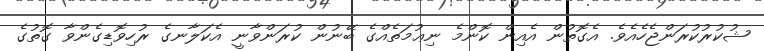
ޝުކުރުކުރަންޖެހެއެވެ. އެގޮތުން އެއިން ކޮންމެ ނިޢުމަތެއްގެ ބޭނުން ކުރަންވާނީ އެކަލާނގެ ރުހިވޮޑިގެންވާ ގޮތުގެ